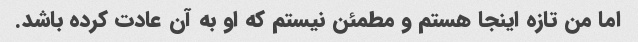
اما من تازه اینجا هستم و مطمئن نیستم که او به آن عادت کرده باشد.